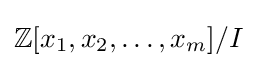
\mathbb {Z} [x_{1},x_{2},\ldots ,x_{m}]/I